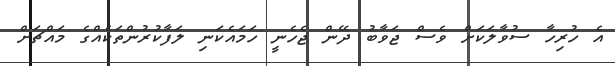
އެ ހުރިހާ ސުވާލަކަށް ވެސް ޖަވާބު ދޭން ޖެހެނީ ހަމައެކަނި ލަފާކުރުންތަކެއްގެ މައްޗަށް